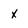
Character: x